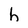
Character: h